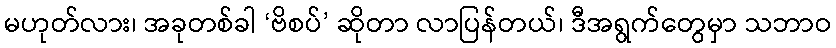
မဟုတ်လား၊ အခုတစ်ခါ ‘ဗိစပ်’ ဆိုတာ လာပြန်တယ်၊ ဒီအရွက်တွေမှာ သဘာဝ